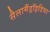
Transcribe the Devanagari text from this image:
सैलामैंड्रॉइडिया